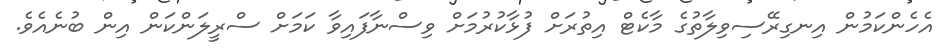
އެހެންކަމުން އިނގިރޭސިވިލާތުގެ މާކެޓް އިތުރަށް ފުޅާކުރުމަށް ވިސްނާފައިވާ ކަމަށް ސްރީލަންކަން އިން ބުނެއެވެ.